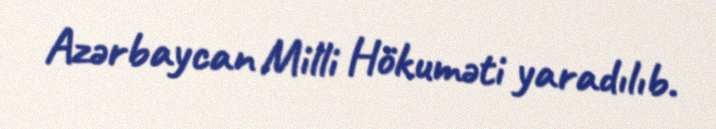
Azərbaycan Milli Hökuməti yaradılıb.